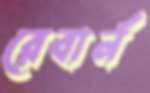
রেবার্ন